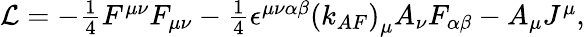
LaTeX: \begin{array}{r}{\mathrm{{\mathcal{L}}}=-\frac{1}{4}F^{\mu\nu}F_{\mu\nu}-\frac{1}{4}\epsilon^{\mu\nu\alpha\beta}\left(k_{AF}\right)_{\mu}A_{\nu}F_{\alpha\beta}-A_{\mu}J^{\mu},}\end{array}